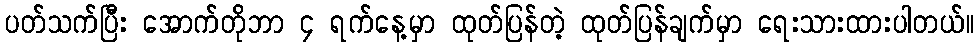
ပတ်သက်ပြီး အောက်တိုဘာ ၄ ရက်နေ့မှာ ထုတ်ပြန်တဲ့ ထုတ်ပြန်ချက်မှာ ရေးသားထားပါတယ်။